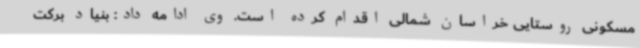
مسکونی روستایی خراسان شمالی اقدام کرده است. وی ادامه داد: بنیاد برکت